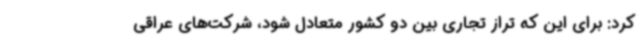
کرد: برای این که تراز تجاری بین دو کشور متعادل شود، شرکت‌های عراقی